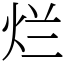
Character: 烂